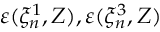
\varepsilon ( \xi _ { n } ^ { 1 } , Z ) , \varepsilon ( \xi _ { n } ^ { 3 } , Z )